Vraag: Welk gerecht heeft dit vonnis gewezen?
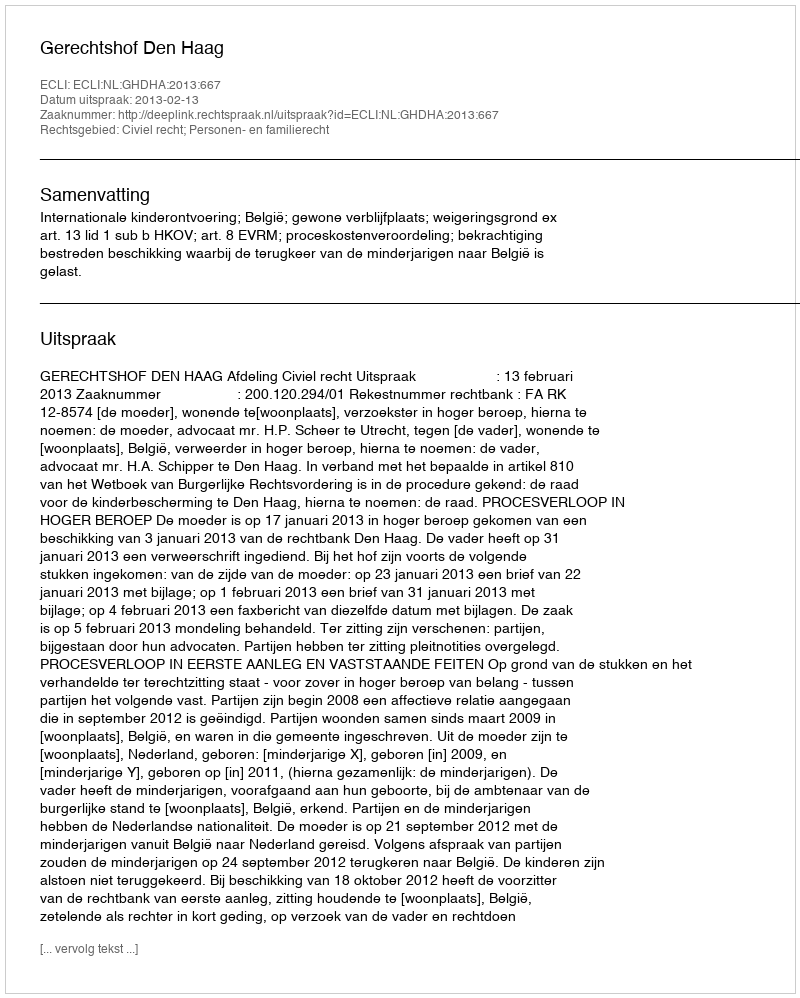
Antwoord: Gerechtshof Den Haag